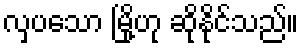
လှပသော မြို့ဟု ဆိုနိုင်သည်။